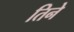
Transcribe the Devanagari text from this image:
तिनेे